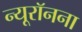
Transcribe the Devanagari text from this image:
न्यूरॉनना